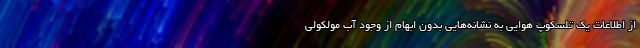
از اطلاعات یک تلسکوپ هوایی به نشانه‌هایی بدون ابهام از وجود آب مولکولی